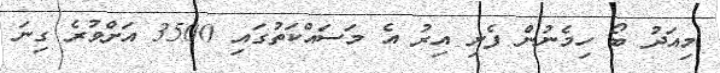
މިއަދު ބޯ ހިމެނުން ފެށި އިރު އެ މަސައްކަތުގައި 3500 އަށްވުރެ ގިނަ